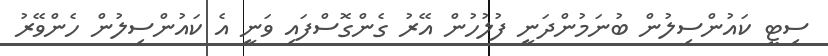
ސިޓީ ކައުންސިލުން ބުނަމުންދަނީ ފުލުހުން އޭރު ގެންގޮސްފައި ވަނީ އެ ކައުންސިލުން ހެންވޭރު